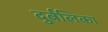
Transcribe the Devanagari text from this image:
दुर्बलिका